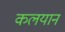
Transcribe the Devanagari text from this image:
कलयान